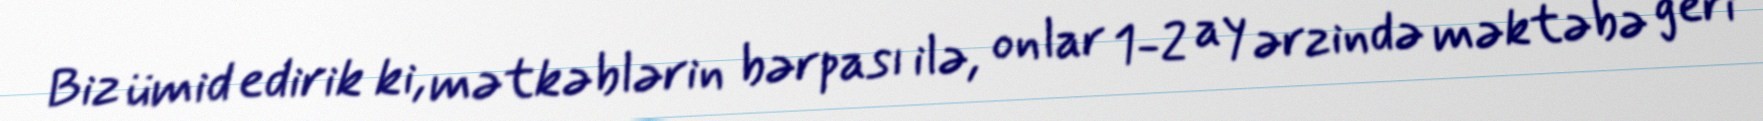
Biz ümid edirik ki, mətkəblərin bərpası ilə, onlar 1-2 ay ərzində məktəbə geri